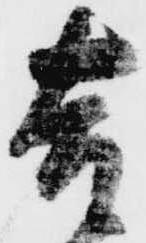
吉